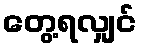
တွေ့ရလျှင်